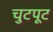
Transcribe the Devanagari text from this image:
चुटपूट